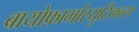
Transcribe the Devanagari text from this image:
बायोफ़ार्मास्युटिकल्स